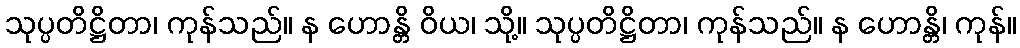
သုပ္ပတိဋ္ဌိတာ၊ ကုန်သည်။ န ဟောန္တိ ဝိယ၊ သို့။ သုပ္ပတိဋ္ဌိတာ၊ ကုန်သည်။ န ဟောန္တိ၊ ကုန်။